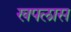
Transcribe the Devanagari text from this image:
खपलास